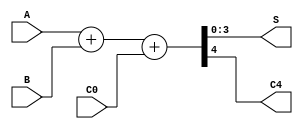
module bit_adder(S, C4, A, B, C0);
    input [3:0]A, B;
    input C0;       //C_In
    output [3:0]S;  //Sum
    output C4;      //C_Out

    // concatenation operator
    assign {C4, S} = A + B + C0;
endmodule // bit_adder


module tb_adder;
    reg [3:0]A, B;
    reg Cin;
    wire [3:0]S;
    wire C4;
    
    bit_adder tb(S, C4, A, B, Cin);
    initial begin
        // initialize
        A = 4'b0000; B = 4'b0000; Cin = 1'b0;

        // A = 5, B = 6
        A = 4'b0101; B = 4'b0110; Cin = 1'b0;
        #30

        // A = 9, B = 7
        A = 4'b1001; B = 4'b0111; Cin = 1'b1;
        #30
        $finish;
    end

    initial begin
        $monitor("A: %b, B: %b, Cin: %b, S: %b, Cout: %b", A, B, Cin, S, C4);
    end
endmodule // tb